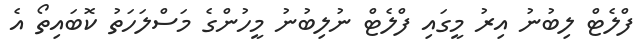
ފްލެޓް ލިބުނު އިރު މީގައި ފްލެޓް ނުލިބުނު މީހުންގެ މަސްލަހަތު ކޮބައިތޯ އެ